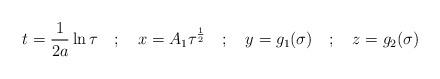
LaTeX: \begin{align*}t = \frac{1}{2a} \ln \tau \quad ; \quad x = A_{1}{\tau}^{\frac{1}{2}}\quad ; \quad y = g_{1}(\sigma) \quad ; \quad z = g_{2}(\sigma)\end{align*}